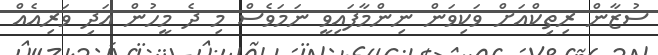
ސުޒާން ރިތިކްއަށް ވަކިވަން ނިންމާފައިވީ ނަމަވެސް މި ދެ މީހުން އަދި ވަރިއެއް